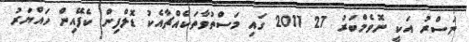
ނަސްރު އަކީ ނޮވެމްބަރު 27 2011 ގައި މަސްތުވާތަކެއްޗާއެކު ޑޮލްފިން ކެފޭއިން ހައްޔަރު